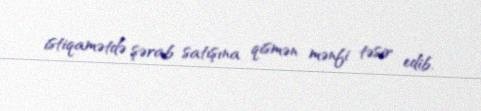
istiqamətdə şərab satışına qismən mənfi təsir edib.